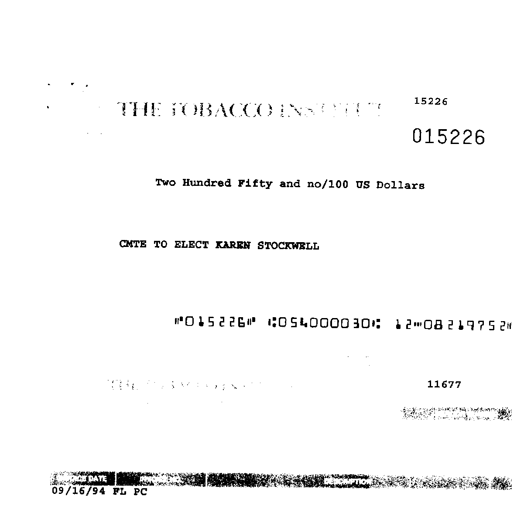
15226
THE TOBACCO INSTITUTE
015226
Two Hundred Fifty and no/100 US Dollars
CMTE TO ELECT KAREN STOCKWELL
"015226" :054000030: 12"08219752"
11677
DATE
09/16/94 FL PC